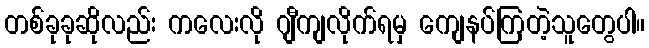
တစ်ခုခုဆိုလည်း ကလေးလို ဂျီကျလိုက်ရမှ ကျေနပ်ကြတဲ့သူတွေပါ။